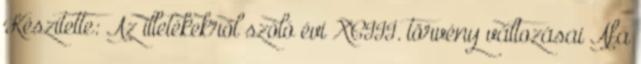
Készítette: Az illetékekről szóló évi XCIII. törvény változásai Áfa